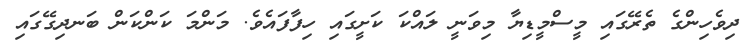
ދިވެހިންގެ ތެރޭގައި މީސްމީޑިޔާ މިވަނީ ލައްކަ ކަށީގައި ހިފާފައެވެ. މަންމަ ކަންކަން ބަނދިގޭގައި